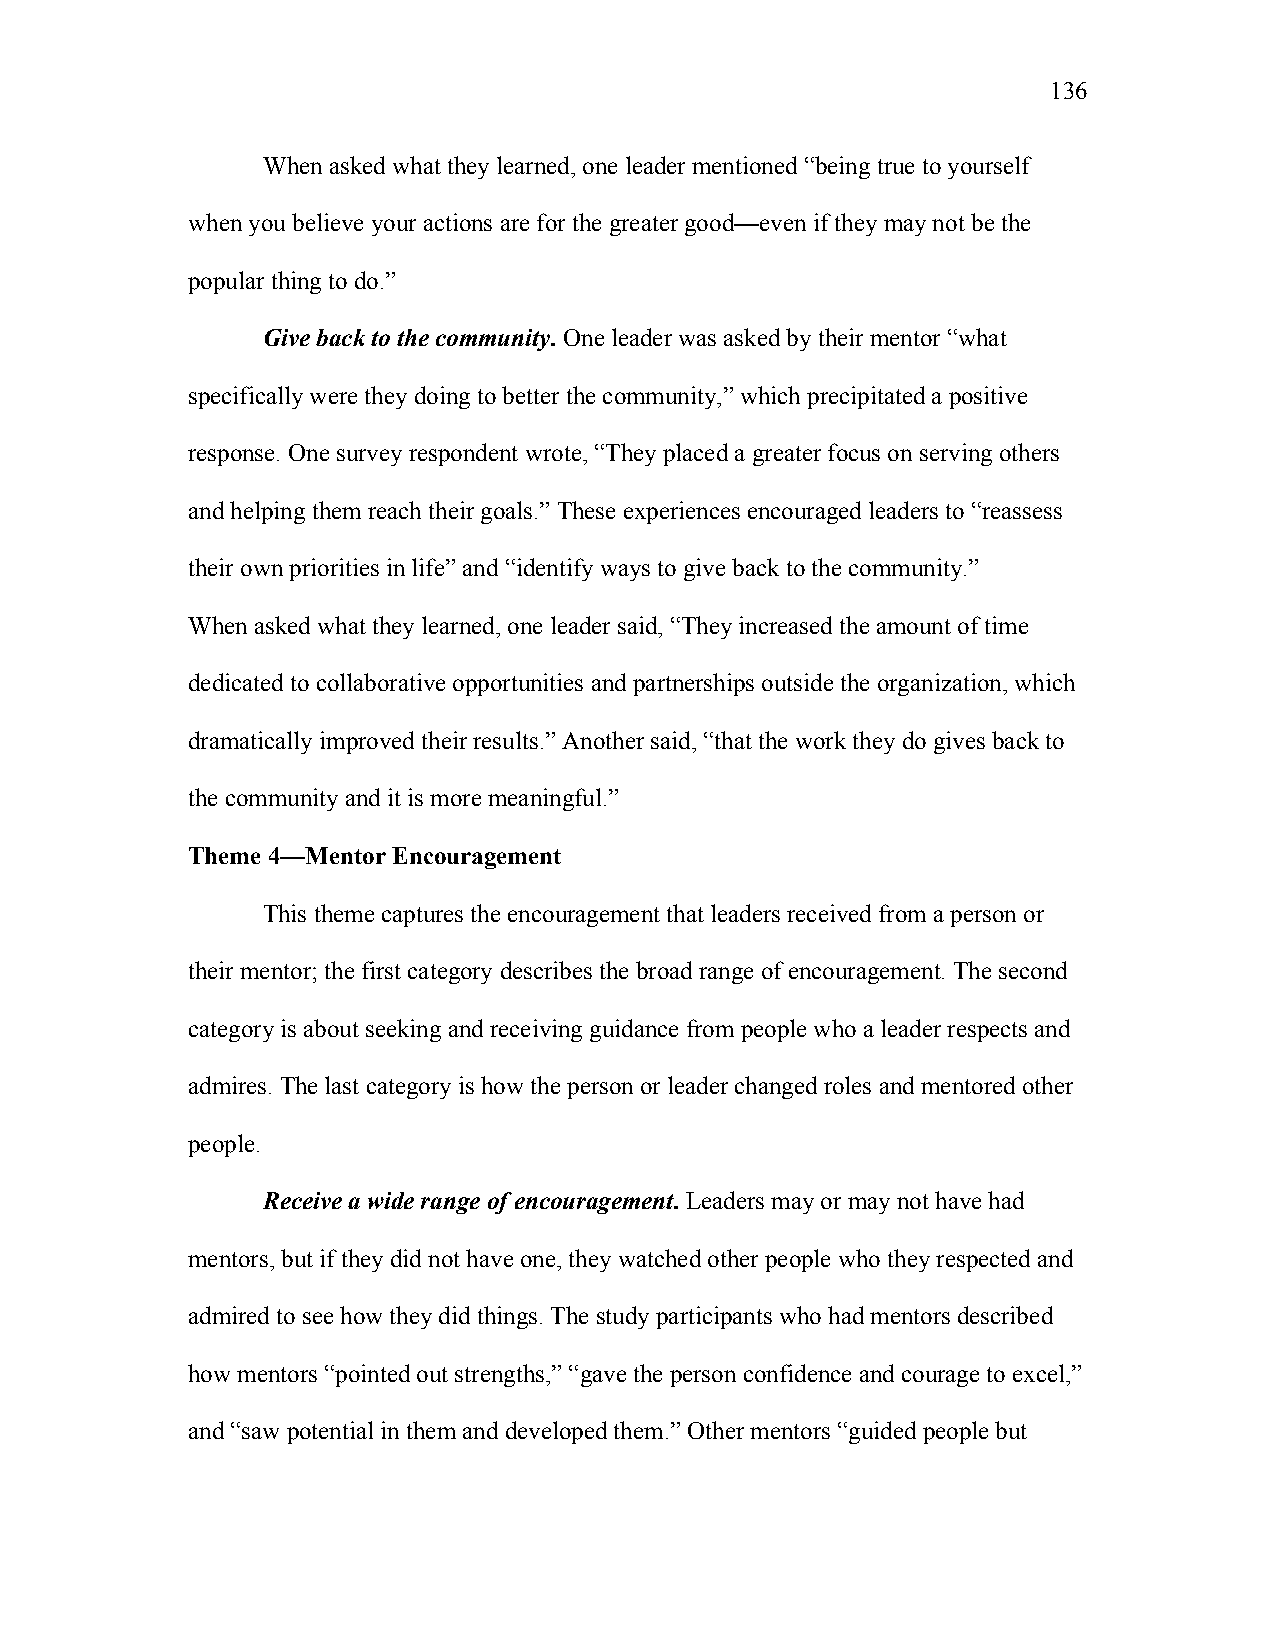
136
 When asked what they learned, one leader mentioned “being true to yourself
 when you believe your actions are for the greater good—even if they may not be the
 popular thing to do.”
 Give back to the community. One leader was asked by their mentor “what
 specifically were they doing to better the community,” which precipitated a positive
 response. One survey respondent wrote, “They placed a greater focus on serving others
 and helping them reach their goals.” These experiences encouraged leaders to “reassess
 their own priorities in life” and “identify ways to give back to the community.”
 When asked what they learned, one leader said, “They increased the amount of time
 dedicated to collaborative opportunities and partnerships outside the organization, which
 dramatically improved their results.” Another said, “that the work they do gives back to
 the community and it is more meaningful.”
 Theme 4—Mentor Encouragement
 This theme captures the encouragement that leaders received from a person or
 their mentor; the first category describes the broad range of encouragement. The second
 category is about seeking and receiving guidance from people who a leader respects and
 admires. The last category is how the person or leader changed roles and mentored other
 people.
 Receive a wide range of encouragement. Leaders may or may not have had
 mentors, but if they did not have one, they watched other people who they respected and
 admired to see how they did things. The study participants who had mentors described
 how mentors “pointed out strengths,” “gave the person confidence and courage to excel,”
 and “saw potential in them and developed them.” Other mentors “guided people but